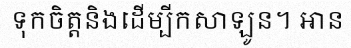
ទុកចិត្តនិងដើម្បីកសាឡូន។ អាន